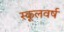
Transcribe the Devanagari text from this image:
स्कूलवर्ष